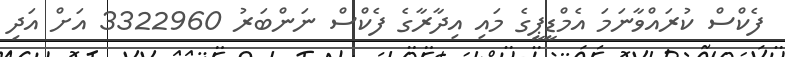
ފެކްސް ކުރައްވާނަމަ އެމްޑީޕީގެ މައި އިދާރާގެ ފެކްސް ނަންބަރު 3322960 އަށް އަދި